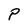
Character: P